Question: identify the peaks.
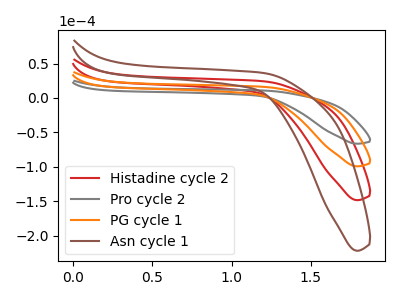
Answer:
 <answer>The red curve "Histadine cycle 2" has no peaks. The gray curve "Pro cycle 2" has no peaks. The orange curve "PG cycle 1" has no peaks. The brown curve "Asn cycle 1" has no peaks.</answer>
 <eval></eval>